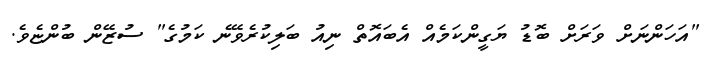
"އަހަންނަށް ވަރަށް ބޮޑު ޔަގީންކަމެއް އެބައޮތް ނިއު ބަލިކުރެވޭނެ ކަމުގެ" ސުޒޭން ބުންޏެވެ.